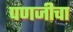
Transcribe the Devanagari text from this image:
पणजीचा